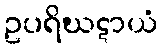
ဥပရိဃဋာယံ